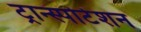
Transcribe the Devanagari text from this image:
ट्रान्स्पोर्टेशन